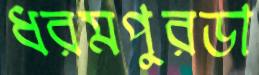
ধরমপুরডা